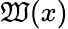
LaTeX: \mathfrak{W}(x)